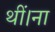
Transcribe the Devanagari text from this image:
थीं।ना